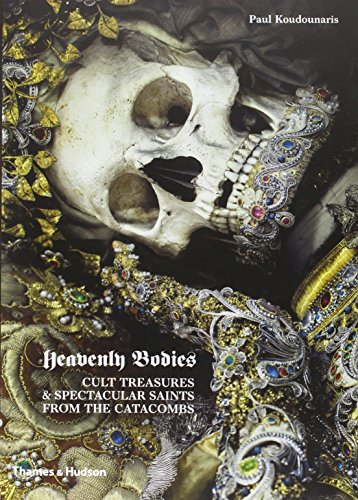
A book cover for Heavenly Bodies: Cult Treasures and Spectacular Saints from the Catacombs; Paul Koudounaris; Arts & Photography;